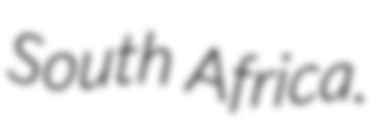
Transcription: South Africa.